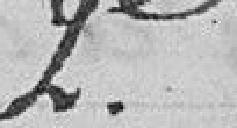
2e